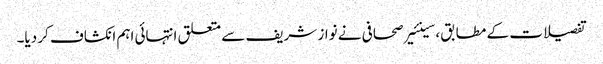
تفصیلات کے مطابق ،سینئیر صحافی نے نواز شریف سے متعلق انتہائی اہم انکشاف کر دیا۔